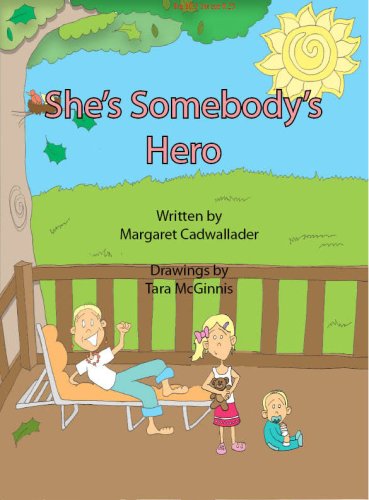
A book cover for She's Somebody's Hero; Margaret Cadwallader; Health, Fitness & Dieting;